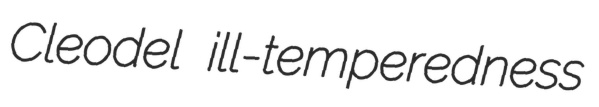
Cleodel ill-temperedness